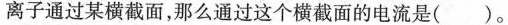
离子通过某横截面，那么通过这个横截面的电流是( )。